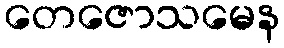
တေဇောသမေန